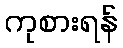
ကုစားရန်